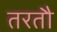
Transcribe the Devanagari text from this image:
तरतौ